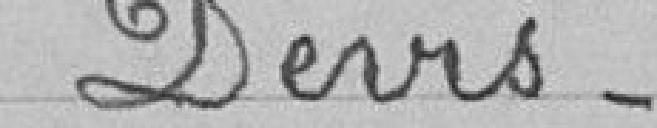
Devis